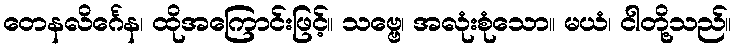
တေနလိင်္ဂေန၊ ထိုအကြောင်းဖြင့်။ သဗ္ဗေ၊ အလုံးစုံသော။ မယံ၊ ငါတို့သည်။